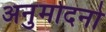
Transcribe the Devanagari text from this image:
अनुमोदनो